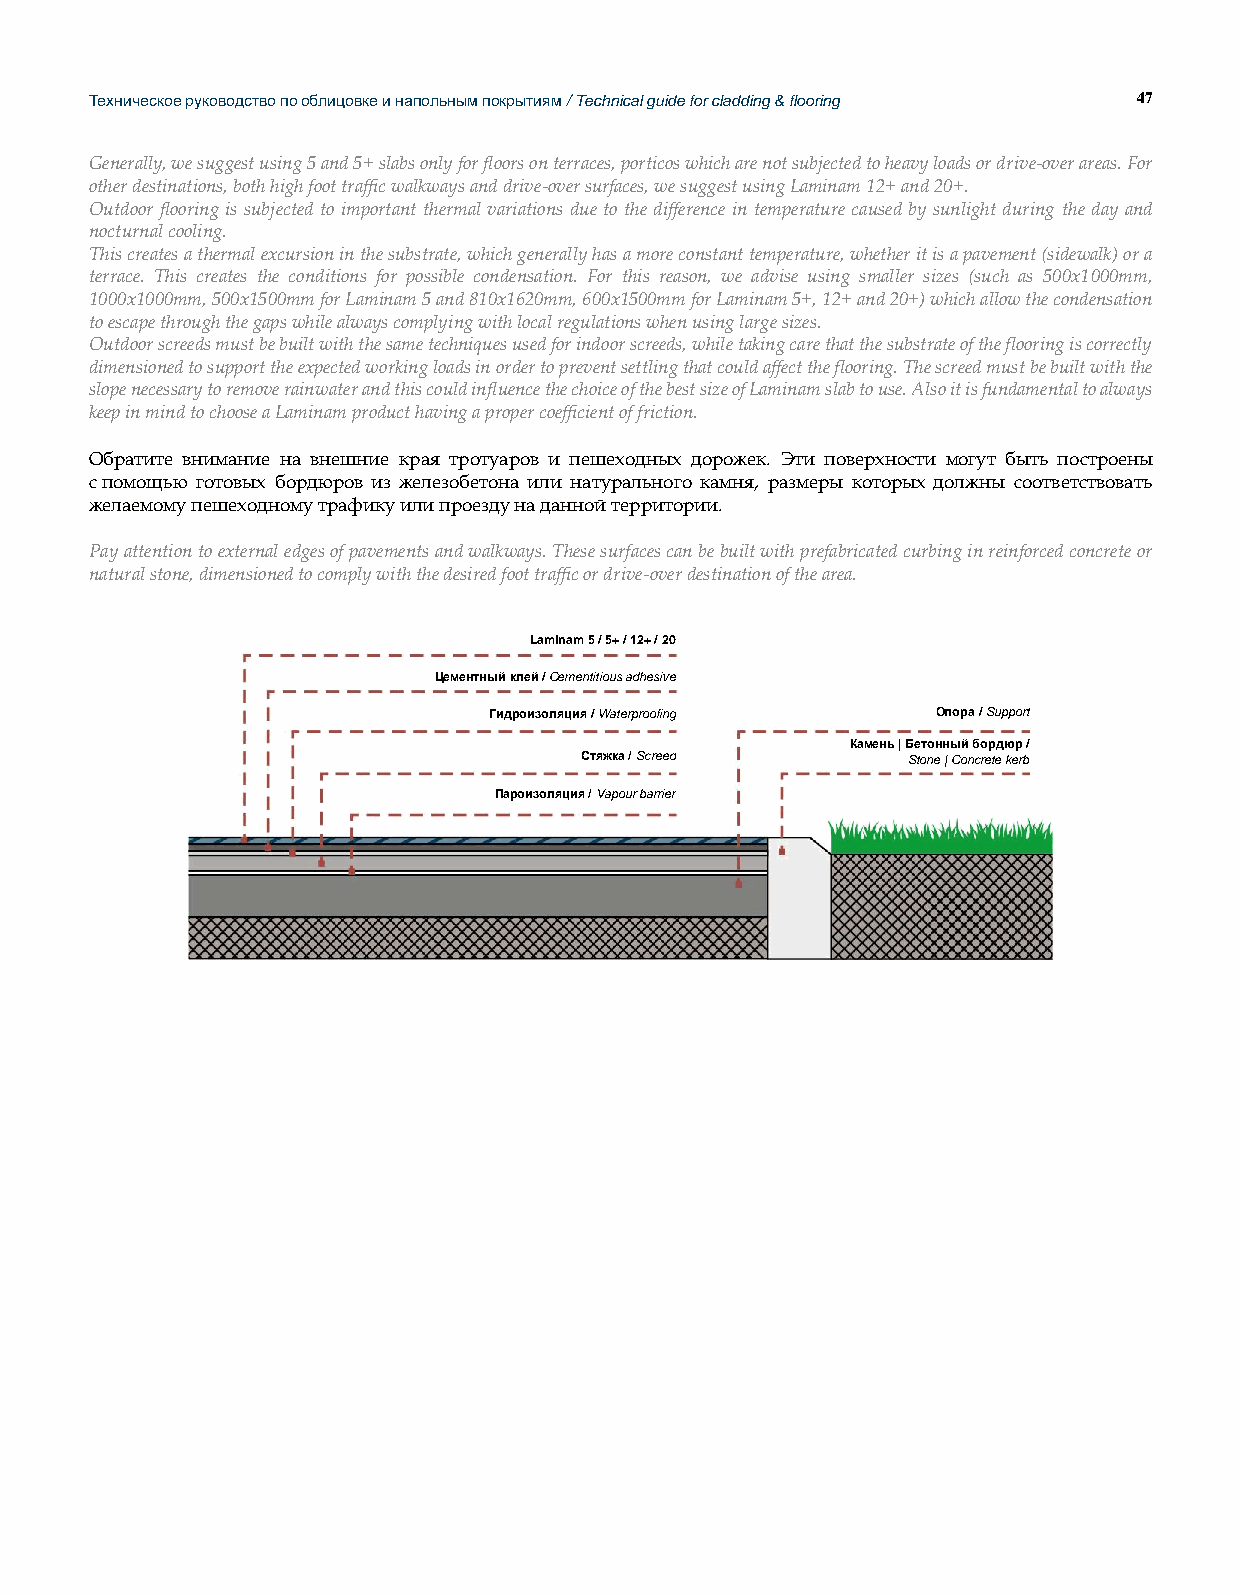
Техническое руководство по облицовке и напольным покрытиям / Technical guide for cladding & flooring 47
 Generally, we suggest using 5 and 5+ slabs only for floors on terraces, porticos which are not subjected to heavy loads or drive-over areas. For
 other destinations, both high foot traffic walkways and drive-over surfaces, we suggest using Laminam 12+ and 20+.
 Outdoor flooring is subjected to important thermal variations due to the difference in temperature caused by sunlight during the day and
 nocturnal cooling.
 This creates a thermal excursion in the substrate, which generally has a more constant temperature, whether it is a pavement (sidewalk) or a
 terrace. This creates the conditions for possible condensation. For this reason, we advise using smaller sizes (such as 500x1000mm,
 1000x1000mm, 500x1500mm for Laminam 5 and 810x1620mm, 600x1500mm for Laminam 5+, 12+ and 20+) which allow the condensation
 to escape through the gaps while always complying with local regulations when using large sizes.
 Outdoor screeds must be built with the same techniques used for indoor screeds, while taking care that the substrate of the flooring is correctly
 dimensioned to support the expected working loads in order to prevent settling that could affect the flooring. The screed must be built with the
 slope necessary to remove rainwater and this could influence the choice of the best size of Laminam slab to use. Also it is fundamental to always
 keep in mind to choose a Laminam product having a proper coefficient of friction.
 Обратите внимание на внешние края тротуаров и пешеходных дорожек. Эти поверхности могут быть построены
 с помощью готовых бордюров из железобетона или натурального камня, размеры которых должны соответствовать
 желаемому пешеходному трафику или проезду на данной территории.
 Pay attention to external edges of pavements and walkways. These surfaces can be built with prefabricated curbing in reinforced concrete or
 natural stone, dimensioned to comply with the desired foot traffic or drive-over destination of the area.
 Laminam 5 / 5+ / 12+ / 20
 Цементный клей / Cementitious adhesive
 Гидроизоляция / Waterproofing Опора / Support
 Камень | Бетонный бордюр /
 Стяжка / Screed       Stone | Concrete kerb
 Пароизоляция / Vapour barrier